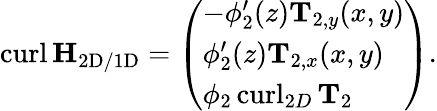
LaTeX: \begin{array}{r}{\operatorname{curl}\mathbf{H}_{\mathrm{2D/1D}}=\left(\begin{array}{l}{-\phi_{2}^{\prime}(z)\mathbf{T}_{2,y}(x,y)}\\ {\phi_{2}^{\prime}(z)\mathbf{T}_{2,x}(x,y)}\\ {\phi_{2}\operatorname{curl}_{2D}\mathbf{T}_{2}}\end{array}\right).}\end{array}